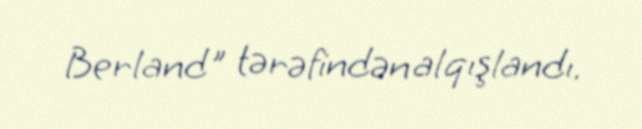
Berland" tərəfindən alqışlandı.